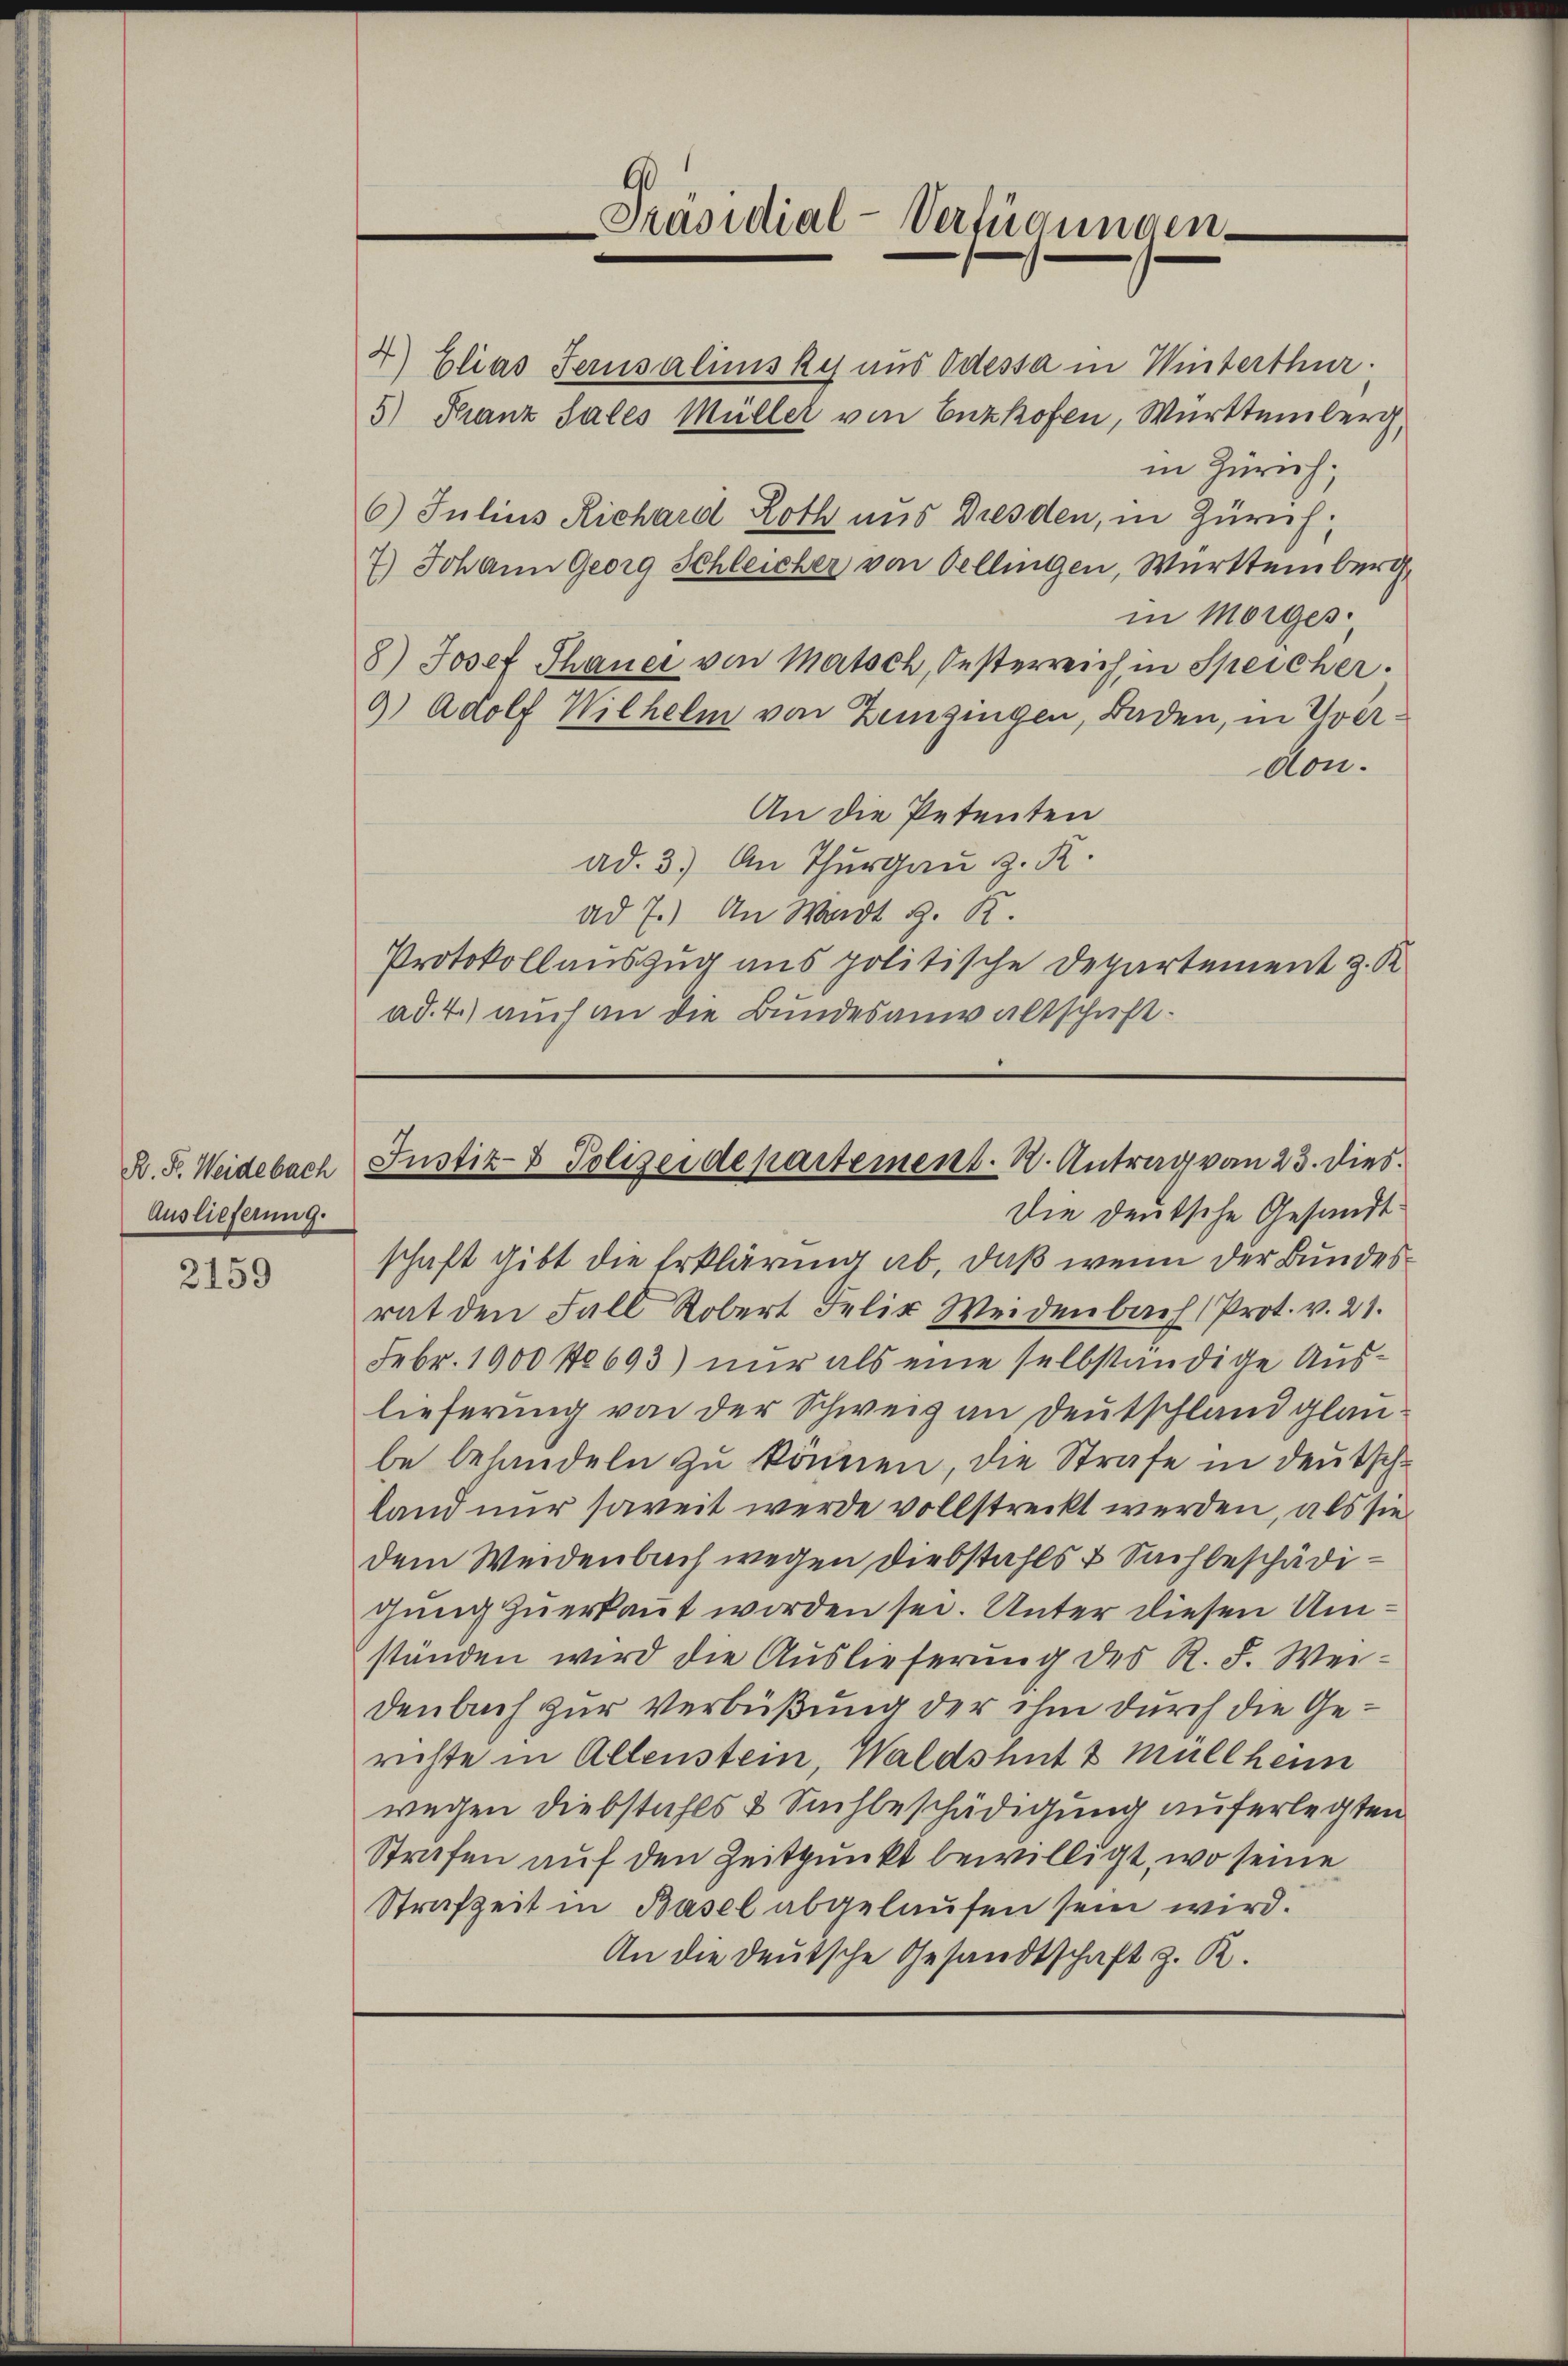
B. Fr. Weidebach
Auslieferung.

2159

4) Elias Terusalinsky aus Odessa in Winterthur.
5) Franz Sales Müller von Enzhofen, Württemberg,
in Zürich;
6) Julius Richard Loth aus Dresden, in Zürich,
7.) Johann Georg Schleicher von Oellingen, Württemberg,
in Morges.
8.) Josef Thauer von Matsch, Oesterreich in Speicher.
9) Adolf Wilhelm von Zeinzingen, Baden, in Uverdon.
An die Petenten
ad. 3.) An Thurgau z. R.
ad 7.) An Wadt z. R.
Protokollauszug aus politische Departement z. R.
ad. 4.) auch an die Bundesanwaltschaft.

schaft gibt die Erklärung ab, daß wenn der Bundesrat den Fall Robert Felix Weidenbach (Prot. v. 21.
Febr. 1900 No 693) nur als eine selbständige Auslieferung von der Schweiz an Deutschland glaube behandeln zu können, die Strafe in deutsche
land nur soweit werde vollstreckt werden, als sie
dem Weidenbach wegen Diebstahls & Sachbeschädigung zuerkant worden sei. Unter diesen Umstanden wird die Auslieferung des R. F. Weidenbuch zur Verbüßung der ihm durch die Gerichte in Allenstein, Waldshut 2 Müllheim
wegen Diebstahls & Suchbeschädigung auferlegten
Strafen auf den Zeitpunkt bewilligt, wo seine
Strafzeit in Basel abgelaufen sein wird.
An die deutsche Gesandtschaft z. R.

Präsidial-Verfügungen

Justiz- & Polizeidepartement. 2. Antrag von 23. dies
Die Deutsche Gesandt